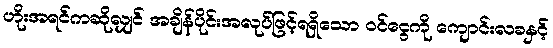
ဟိုးအရင်ကဆိုလျှင် အချိန်ပိုင်းအလုပ်ဖြင့်ရရှိသော ဝင်ငွေကို ကျောင်းလခနှင့်